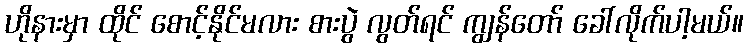
ဟိုနားမှာ ထိုင် စောင့်နိုင်မလား စားပွဲ လွတ်ရင် ကျွန်တော် ခေါ်လိုက်ပါ့မယ်။